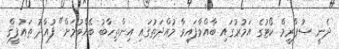
ދެނީ ސުޕްރީމް ކޯޓުގެ އަމުރުގައި ބާއްވާފައިވާ މުއްދަތުގައި އިންތިޚާބު ބޭއްވުމަށް" ފުއާދު ތައުފީޤް